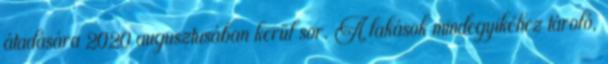
átadására 2020 augusztusában kerül sor. A lakások mindegyikéhez tároló,